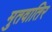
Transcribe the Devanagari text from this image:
मुतवातिर